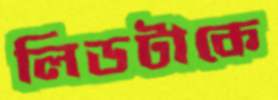
লিডটাকে